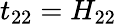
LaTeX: t_{22}=H_{22}